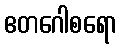
ဧတဂေါစရော